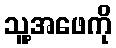
သူ့အဖေကို